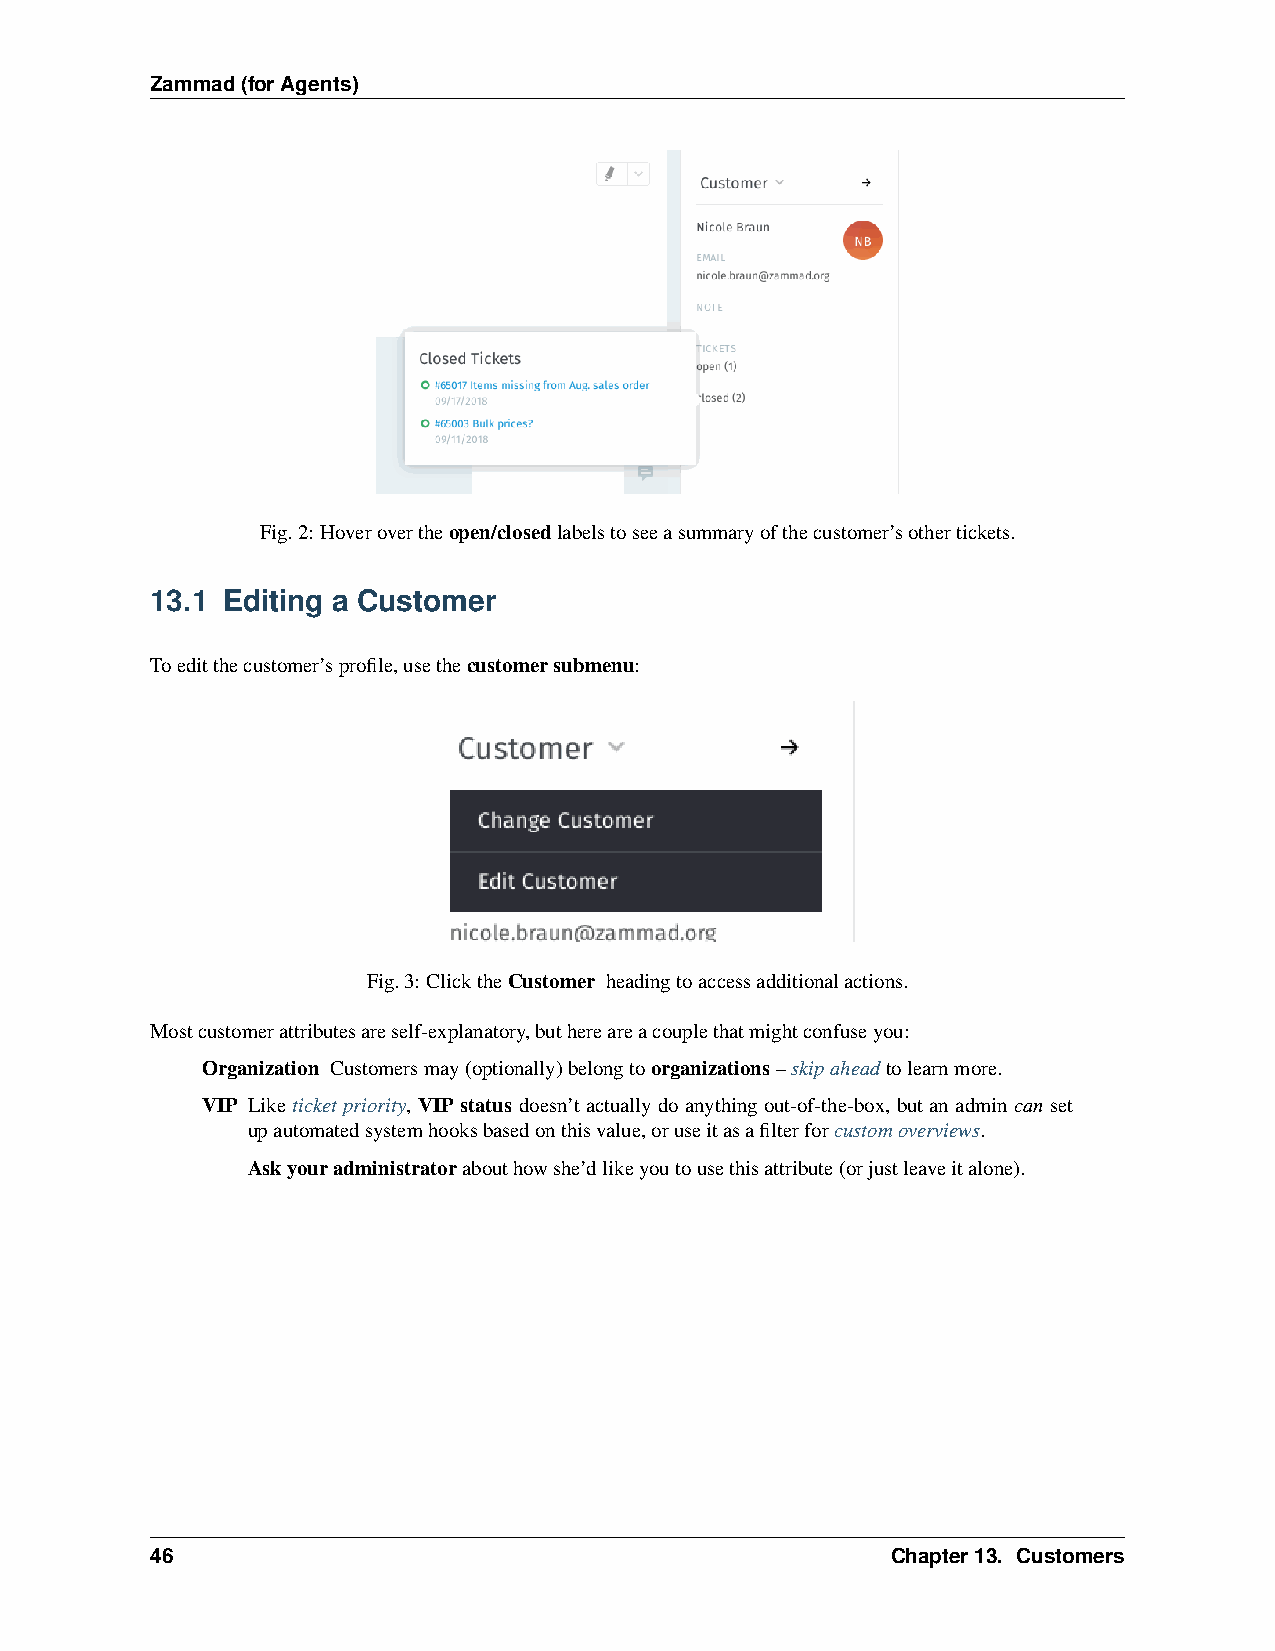
Zammad(forAgents)
 Fig.2: Hoverovertheopen/closedlabelstoseeasummaryofthecustomer’sothertickets.
 13.1 Editing a Customer
 Toeditthecustomer’sprofile,usethecustomersubmenu:
 Fig.3: ClicktheCustomer headingtoaccessadditionalactions.
 Mostcustomerattributesareself-explanatory,buthereareacouplethatmightconfuseyou:
 Organization Customersmay(optionally)belongtoorganizations–skipaheadtolearnmore.
 VIP Like ticket priority, VIP status doesn’t actually do anything out-of-the-box, but an admin can set
 upautomatedsystemhooksbasedonthisvalue,oruseitasafilterforcustomoverviews.
 Askyouradministratorabouthowshe’dlikeyoutousethisattribute(orjustleaveitalone).
 46                                               Chapter13. Customers